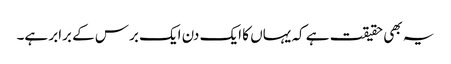
یہ بھی حقیقت ہے کہ یہاں کا ایک دن ایک برس کے برابر ہے۔